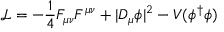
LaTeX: { \mathcal L } = - \frac { 1 } { 4 } F _ { \mu \nu } F ^ { \mu \nu } + \vert D _ { \mu } \phi \vert ^ { 2 } - V ( \phi ^ { \dagger } \phi )